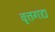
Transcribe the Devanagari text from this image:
वृत्तगद्य